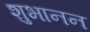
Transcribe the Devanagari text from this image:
शुभानन